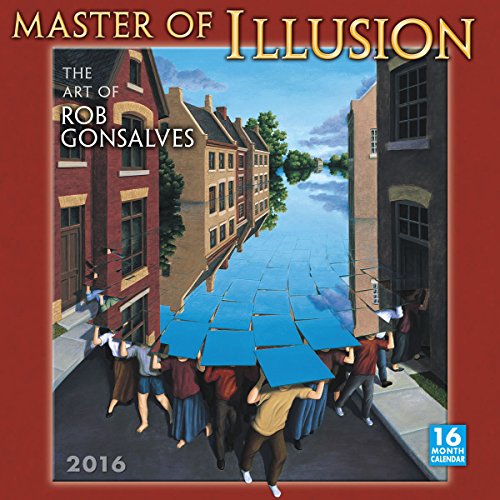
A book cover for Master of Illusion 2016 Wall Calendar; Robert Gonsalves; Calendars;